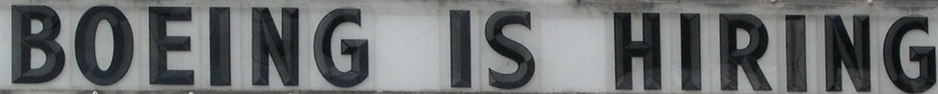
BOEING IS HIRING